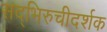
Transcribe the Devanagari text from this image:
सद्भिरुचीदर्शक